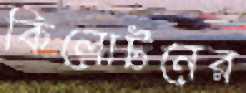
কিলোটনের